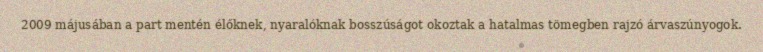
2009 májusában a part mentén élőknek, nyaralóknak bosszúságot okoztak a hatalmas tömegben rajzó árvaszúnyogok.